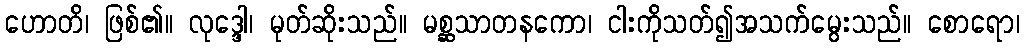
ဟောတိ၊ ဖြစ်၏။ လုဒ္ဒေါ၊ မုတ်ဆိုးသည်။ မစ္ဆသာတနကော၊ ငါးကိုသတ်၍အသက်မွေးသည်။ စောရော၊